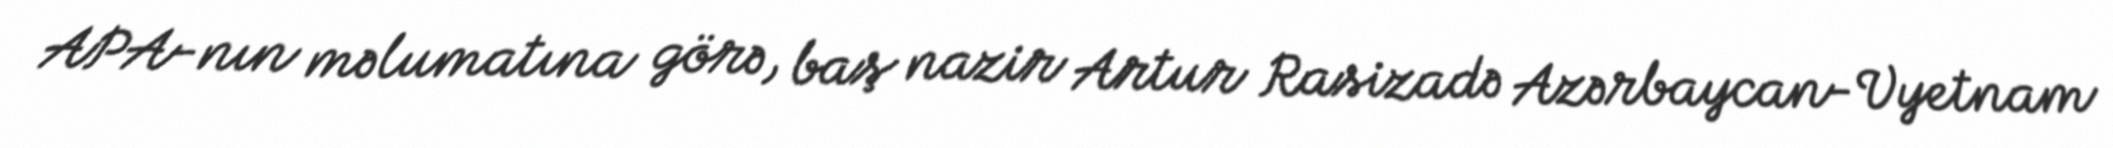
APA-nın məlumatına görə, baş nazir Artur Rasizadə Azərbaycan-Vyetnam